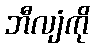
ဘီလျံကို